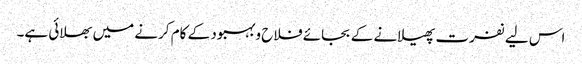
اس لیے نفرت پھیلانے کے بجائے فلاح وبہبود کے کام کرنے میں بھلائی ہے۔